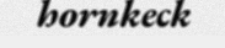
hornkeck